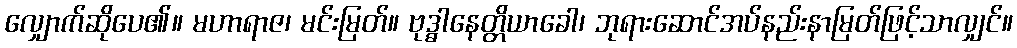
လျှောက်ဆိုပေ၏။ မဟာရာဇ၊ မင်းမြတ်။ ဗုဒ္ဓါနေတ္တိယာခေါ၊ ဘုရားဆောင်အပ်နည်းနာမြတ်ဖြင့်သာလျှင်။